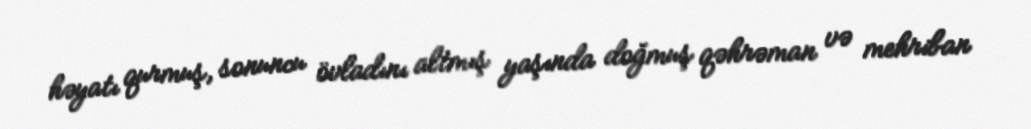
həyatı qurmuş, sonuncu övladını altmış yaşında doğmuş qəhrəman və mehriban